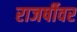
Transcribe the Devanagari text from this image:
राजर्षीवर